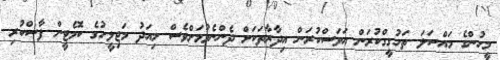
މީހުންގެ މައްސަލަ ތަހުގީގްކުރަން އަވަސްކުރަން އިދާރާތަކަށް ދެންނެވުމަށްވެސް މިއަދު މަޖިލީހުގެ ކޮމެޓީން ފާސްކުރި